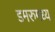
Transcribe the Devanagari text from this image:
डमरुमध्य